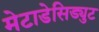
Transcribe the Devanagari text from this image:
मेटाडेसिड्युट